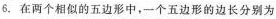
6.在两个相似的五边形中，一个五边形的边长分别为